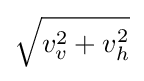
{\sqrt {v_{v}^{2}+v_{h}^{2}}}